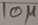
Text: 10µ